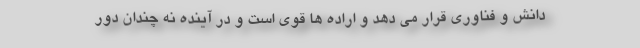
دانش و فناوری قرار می دهد و اراده ها قوی است و در آینده نه چندان دور